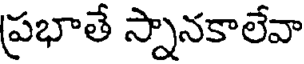
ప్రభాతే స్నానకాలేవా